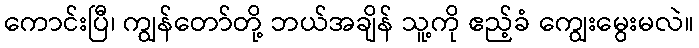
ကောင်းပြီ၊ ကျွန်တော်တို့ ဘယ်အချိန် သူ့ကို ဧည့်ခံ ကျွေးမွေးမလဲ။